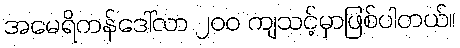
အမေရိကန်ဒေါ်လာ ၂၀၀ ကျသင့်မှာဖြစ်ပါတယ်။